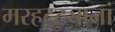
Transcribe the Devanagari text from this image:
मरहट्ट्यानां